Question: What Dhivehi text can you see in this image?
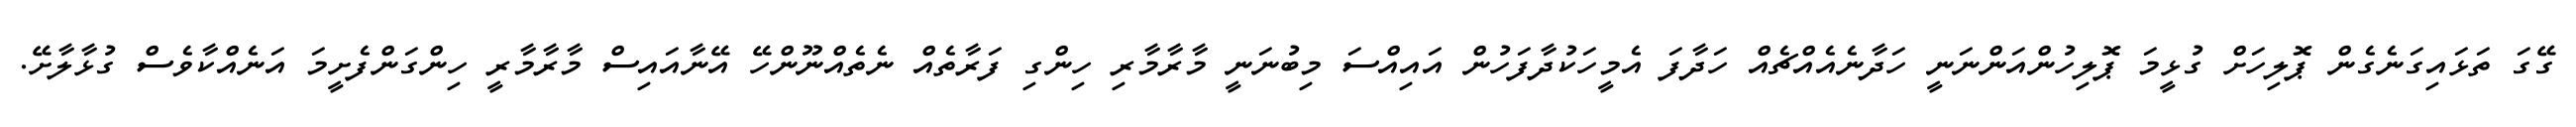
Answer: ގޭގަ ތަޅައިގަނެގެން ޕޮލިހަށް ގުޅީމަ ޕޮލިހުންއަންނަނީ ހަދާނެއެއްޗެއް ހަދާފަ އެމީހަކުދާފަހުން އައިއްސަ މިބުނަނީ މާރާމާރި ހިންގި ފަރާތެއް ނެތެއްނޫންހޭ އޭނާއައިސް މާރާމާރީ ހިންގަންފެށީމަ އަނެއްކާވެސް ގުޅާލާށޭ.